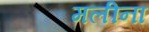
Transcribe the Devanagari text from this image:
मलीना